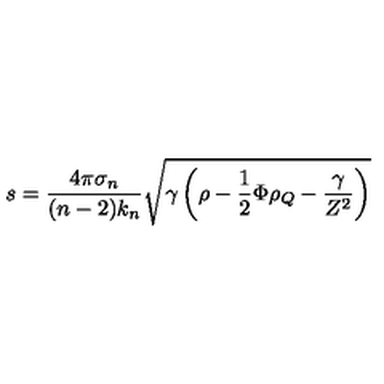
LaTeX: s = \frac { 4 \pi \sigma _ { n } } { ( n - 2 ) k _ { n } } \sqrt { \gamma \left( \rho - \frac { 1 } { 2 } \Phi \rho _ { Q } - \frac { \gamma } { Z ^ { 2 } } \right) }